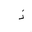
Letter: _thal